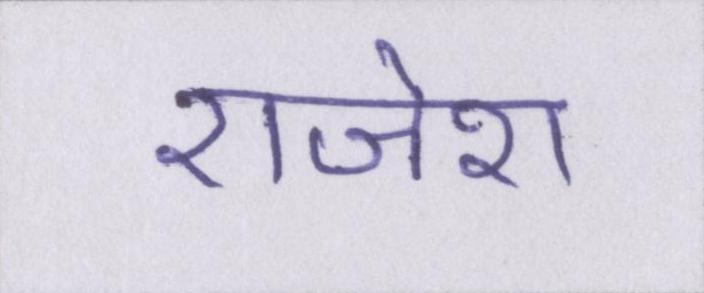
राजेश